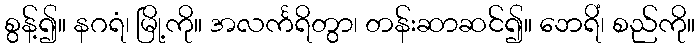
စွန့်၍။ နဂရံ၊ မြို့ကို။ အလင်္ကရိတွာ၊ တန်းဆာဆင်၍။ ဘေရိံ၊ စည်ကို။